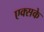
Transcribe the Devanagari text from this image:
एक्सके